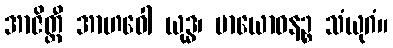
အာဇိတ္ထီ အာဟဝေါ ယုဒ္ဓ၊ မာယောဓနဉ္စ သံယုဂံ။